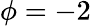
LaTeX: \phi=-2